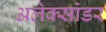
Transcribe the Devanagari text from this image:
अलेक्सांडर